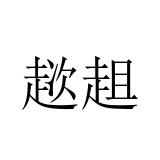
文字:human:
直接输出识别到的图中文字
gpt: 趑趄